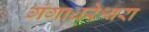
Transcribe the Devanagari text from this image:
गंगाधरेश्वरा